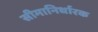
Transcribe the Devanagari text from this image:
सीमानिर्धारक